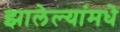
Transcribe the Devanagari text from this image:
झालेल्यांमधे